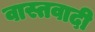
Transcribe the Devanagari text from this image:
वास्तवादी